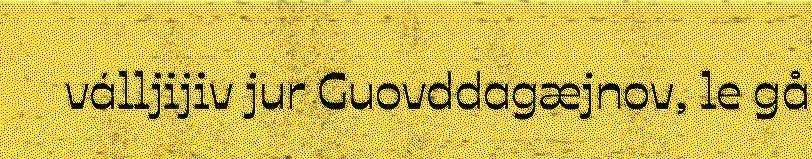
válljijiv jur Guovddagæjnov, le gå